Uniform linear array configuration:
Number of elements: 64
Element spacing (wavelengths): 0.25
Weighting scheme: cosine
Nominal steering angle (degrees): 30
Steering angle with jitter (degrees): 29.987
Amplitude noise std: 0.05
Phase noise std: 0.05

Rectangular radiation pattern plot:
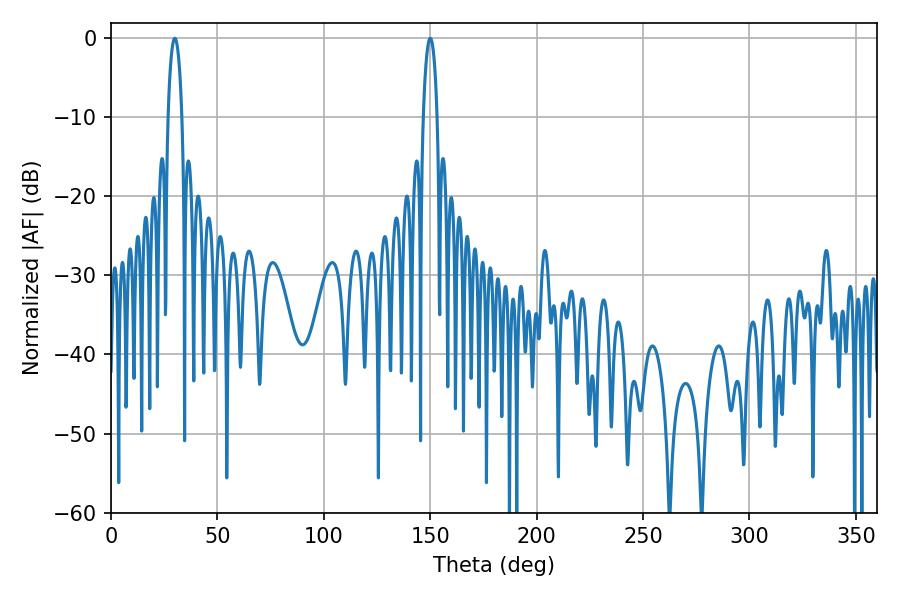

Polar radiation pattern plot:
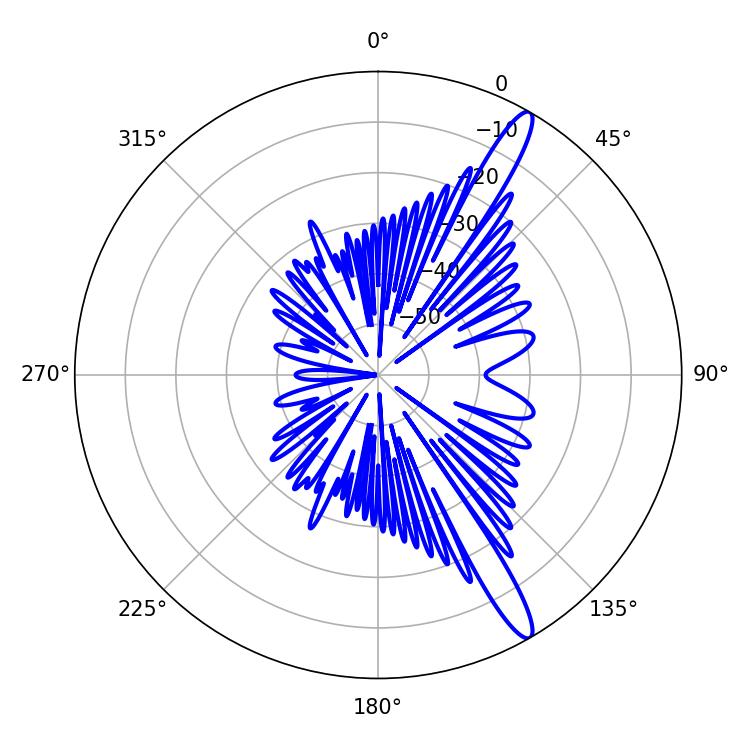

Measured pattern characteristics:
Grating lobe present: FALSE
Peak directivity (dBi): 14.379
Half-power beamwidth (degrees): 3.78
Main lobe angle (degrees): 30.06